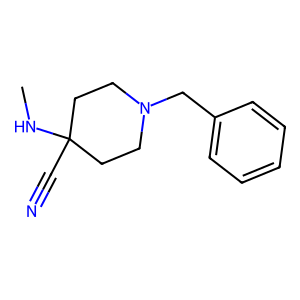
SMILES: CNC1(C#N)CCN(Cc2ccccc2)CC1
Inhibits HIV replication: No